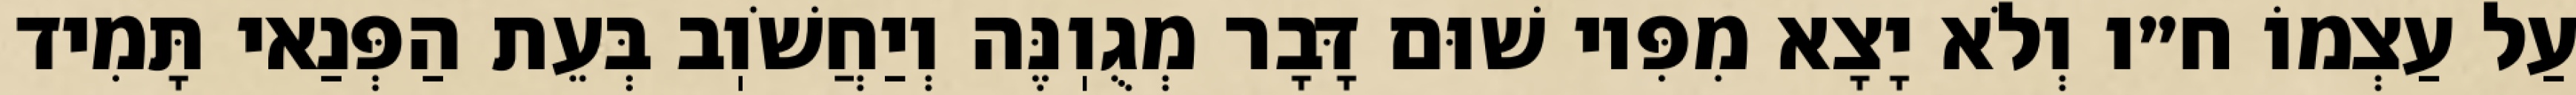
עַל עַצְמוֹ ח״ו וְלֹא יָצָא מִפִּיו שׁוּם דָּבָר מְגֻוֽנֶּה וְיַחֲשֹׁוֽב בְּעֵת הַפְּנַאי תָּמִיד